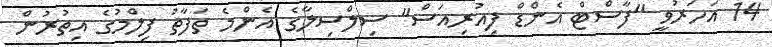
14 އަހަރުވީ "ފާސްޓް އެންޑް ފިއުރިއަސް" ސިލްސިލާގެ އެންމެ ތަފާތު ފިލްމުގެ އިތުރުން